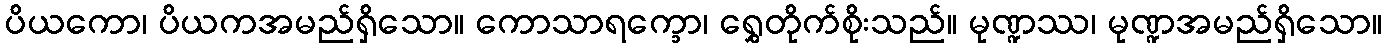
ပိယကော၊ ပိယကအမည်ရှိသော။ ကောသာရက္ခော၊ ရွှေတိုက်စိုးသည်။ မုဏ္ဍဿ၊ မုဏ္ဍအမည်ရှိသော။